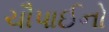
ચૌપાઈનો